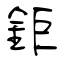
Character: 鉅